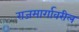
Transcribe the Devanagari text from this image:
राजमार्गावरील